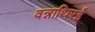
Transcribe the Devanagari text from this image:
वन्नाथिरई